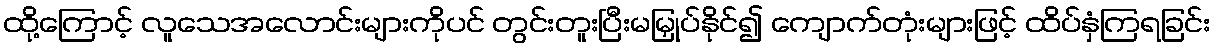
ထို့ကြောင့် လူသေအလောင်းများကိုပင် တွင်းတူးပြီးမမြှုပ်နိုင်၍ ကျောက်တုံးများဖြင့် ထိပ်နှံကြရခြင်း